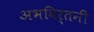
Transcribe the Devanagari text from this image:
अभविर्तनी